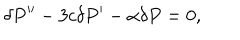
\delta P ^ { \prime \prime } - 3 c \delta P ^ { \prime } - \alpha \delta P = 0 ,